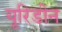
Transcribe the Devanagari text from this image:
यूरिडीन